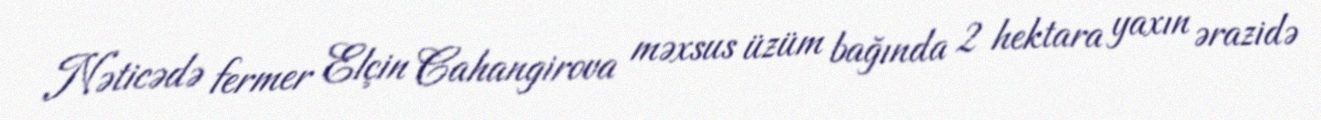
Nəticədə fermer Elçin Cahangirova məxsus üzüm bağında 2 hektara yaxın ərazidə